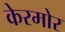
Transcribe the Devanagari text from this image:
केरमोर